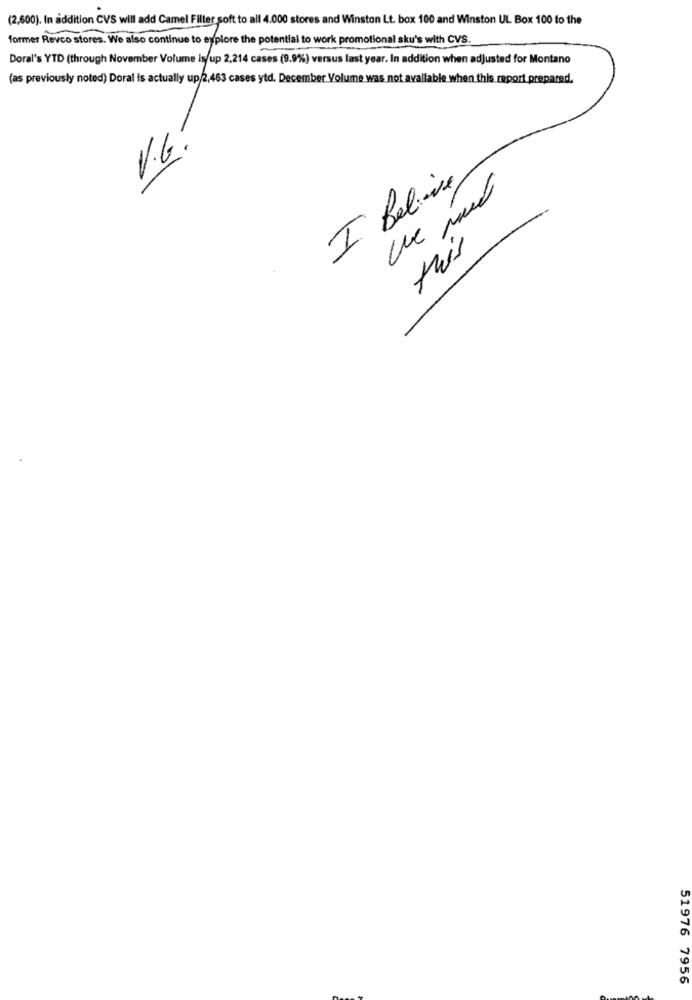
(2,600). In addition CVS will add Camel Filter soft to all 4.000 stores and Winston Lt. box 100 and Winston UL Box 100 to the
former Revco stores. We also continue to explore the potential to work promotional sku's with CVS.
Doral's YTD (through November Volume isup 2,214 cases (9.9%) versus last year. In addition when adjusted for Montano
me
(as previously noted) Doral is actually up/2,463 cases ytd. December Volume was not available when this report prepared.
V.G.
I Believe
this
51976 7956